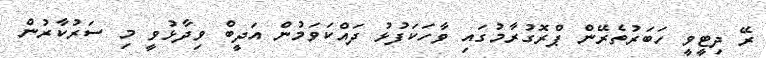
ރޭ ދިޓީވީ ހަބަރުތެރޭން ޕްރޮގުރާމުގައި ވާހަކަފުޅު ދައްކަވަމުން އަދީބް ވިދާޅުވީ މި ސަރުކާރުން